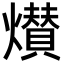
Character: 㸇